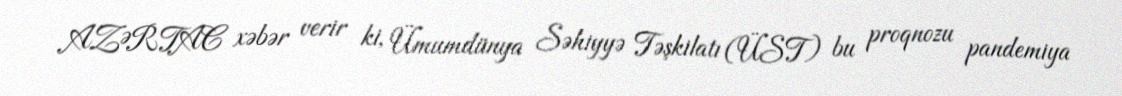
AZƏRTAC xəbər verir ki, Ümumdünya Səhiyyə Təşkilatı (ÜST) bu proqnozu pandemiya